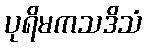
ပုရိမကသဒိသံ